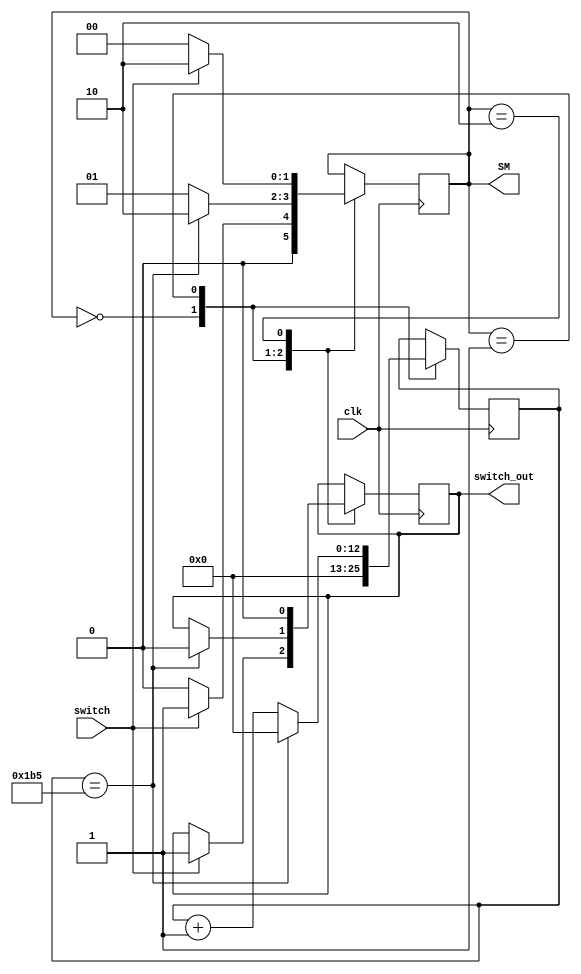
`timescale 1ns / 1ps
//////////////////////////////////////////////////////////////////////////////////
// Company: 
// Engineer: 
// 
// Design Name: 
// Module Name: Enable_Pulse
// Project Name: 
// Target Devices: 
// Tool Versions: 
// Description: 
// 
// Dependencies: 
// 
// Revision:
// Revision 0.01 - File Created
// Additional Comments:
// 
//////////////////////////////////////////////////////////////////////////////////


module Enable_Pulse(
    input switch, 
    input clk, 
    output reg switch_out = 0,
    output reg [1:0] SM = 0                               //This module creates a pulse from an input switch. If a switch is
    );      
                                //Turned on, the output stays on for 2 clock cycles, the returns to 0
    reg [12:0] counter = 0;            //Used to determine how long pulse lasts
    //output reg [1:0] lock = 0;               //Used to keep the output at 0 after a pulse, if the input is still high
    
    parameter pulse_length = 875; //Sets pulse width (number of clock cycles for one pulse)
    
    always@(posedge clk)
    begin
        case (SM)
        0:
        begin
            if (switch == 1)
            begin
                switch_out <= 1;
                SM <= 1;
            end
            else
            begin
                SM <= 0;
            end
            counter <= 0;
        end
        1:
        begin
            counter <= counter + 1;
            if (counter == pulse_length / 2)
            begin
                switch_out <= 0;
                counter <= 0;
                SM <= 2;
            end
            else
            begin
                SM <= 1;
            end
        end
        2:
        begin
            switch_out <= 0;
            if (!switch)
            begin
                SM <= 0;
            end
            else
            begin
                SM <= 2;
            end
        end
        endcase
    end
endmodule